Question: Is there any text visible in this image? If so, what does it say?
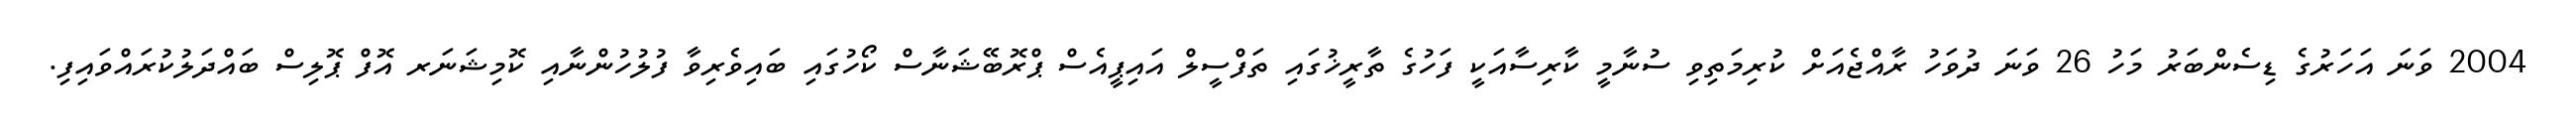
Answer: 2004 ވަނަ އަހަރުގެ ޑިސެންބަރު މަހު 26 ވަނަ ދުވަހު ރާއްޖެއަށް ކުރިމަތިވި ސުނާމީ ކާރިސާއަކީ ފަހުގެ ތާރީޚުގައި ތަފްސީލް އައިޕީއެސް ޕްރޮބޭޝަނާސް ކޯހުގައި ބައިވެރިވާ ފުލުހުންނާއި ކޮމިޝަނަރ އޮފް ޕޮލިސް ބައްދަލުކުރައްވައިފި.